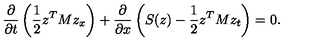
\frac { \partial } { \partial t } \left( \frac { 1 } { 2 } z ^ { T } M z _ { x } \right) + \frac { \partial } { \partial x } \left( S ( z ) - \frac { 1 } { 2 } z ^ { T } M z _ { t } \right) = 0 .